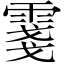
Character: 𲉺